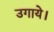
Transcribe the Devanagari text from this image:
उगाये।